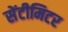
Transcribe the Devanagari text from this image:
सेंटीमिटर